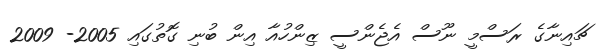
ޗައިނާގެ ރަސްމީ ނޫސް އެޖެންސީ ޒިންހުއާ އިން ބުނި ގޮތުގައި 2005- 2009